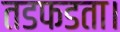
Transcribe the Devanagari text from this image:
तडफडता।